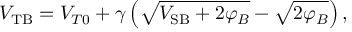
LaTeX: V _ { \mathrm { T B } } = V _ { T 0 } + \gamma \left( { \sqrt { V _ { \mathrm { S B } } + 2 \varphi _ { B } } } - { \sqrt { 2 \varphi _ { B } } } \right) ,